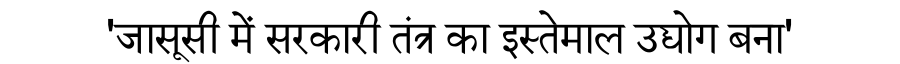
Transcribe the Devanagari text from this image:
'जासूसी में सरकारी तंत्र का इस्तेमाल उद्योग बना'